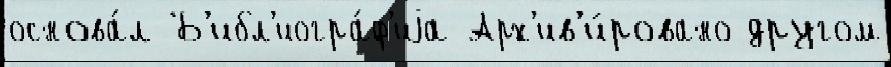
основа́л Б'ибл'иогра́ф'иjа Арх'ив'и́ровано другом